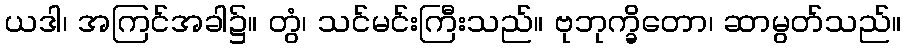
ယဒါ၊ အကြင်အခါ၌။ တွံ၊ သင်မင်းကြီးသည်။ ဗုဘုက္ခိတော၊ ဆာမွတ်သည်။